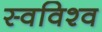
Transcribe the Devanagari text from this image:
स्वविश्व